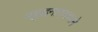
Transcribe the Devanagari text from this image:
प्रब्रुद्धनारायणाने